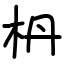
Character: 枬